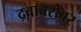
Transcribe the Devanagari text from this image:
द्रवाबरोबर